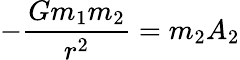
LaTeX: -{\frac{Gm_{1}m_{2}}{r^{2}}}=m_{2}A_{2}